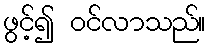
ဖွင့်၍ ဝင်လာသည်။